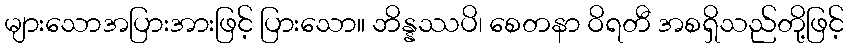
များသောအပြားအားဖြင့် ပြားသော။ ဘိန္နဿပိ၊ စေတနာ ဝိရတီ အစရှိသည်တို့ဖြင့်